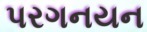
પરગનયન